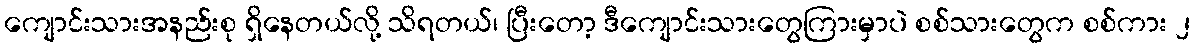
ကျောင်းသားအနည်းစု ရှိနေတယ်လို့ သိရတယ်၊ ပြီးတော့ ဒီကျောင်းသားတွေကြားမှာပဲ စစ်သားတွေက စစ်ကား ၂